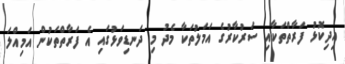
އިދިކޮޅު ފަރާތްތަކާއި ސަރުކާރުގެ އަމަލުތަކާ މެދު މި ދަނޑިވަޅުގައި އެ ފަރާތްތަކުން އަމިއްލަ